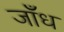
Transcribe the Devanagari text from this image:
जाँध